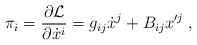
\begin{align*}\pi_{i}= \frac{\partial\mathcal{L}}{\partial \dot{x}^{i}} = g_{ij}\dot{x}^{j} + B_{ij}x'^{j}\;, \end{align*}